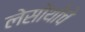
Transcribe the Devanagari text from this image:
लेसोथोचे